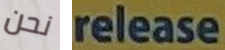
نحن release